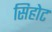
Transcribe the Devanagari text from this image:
सिहोट